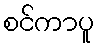
စင်ကာပူ